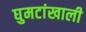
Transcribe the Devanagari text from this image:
घुमटांखाली